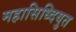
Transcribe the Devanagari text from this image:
महासिध्दियुत